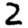
Digit: 2